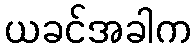
ယခင်အခါက